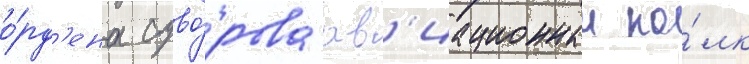
о́рд'ена суво́рова ав'иационныи по́лк